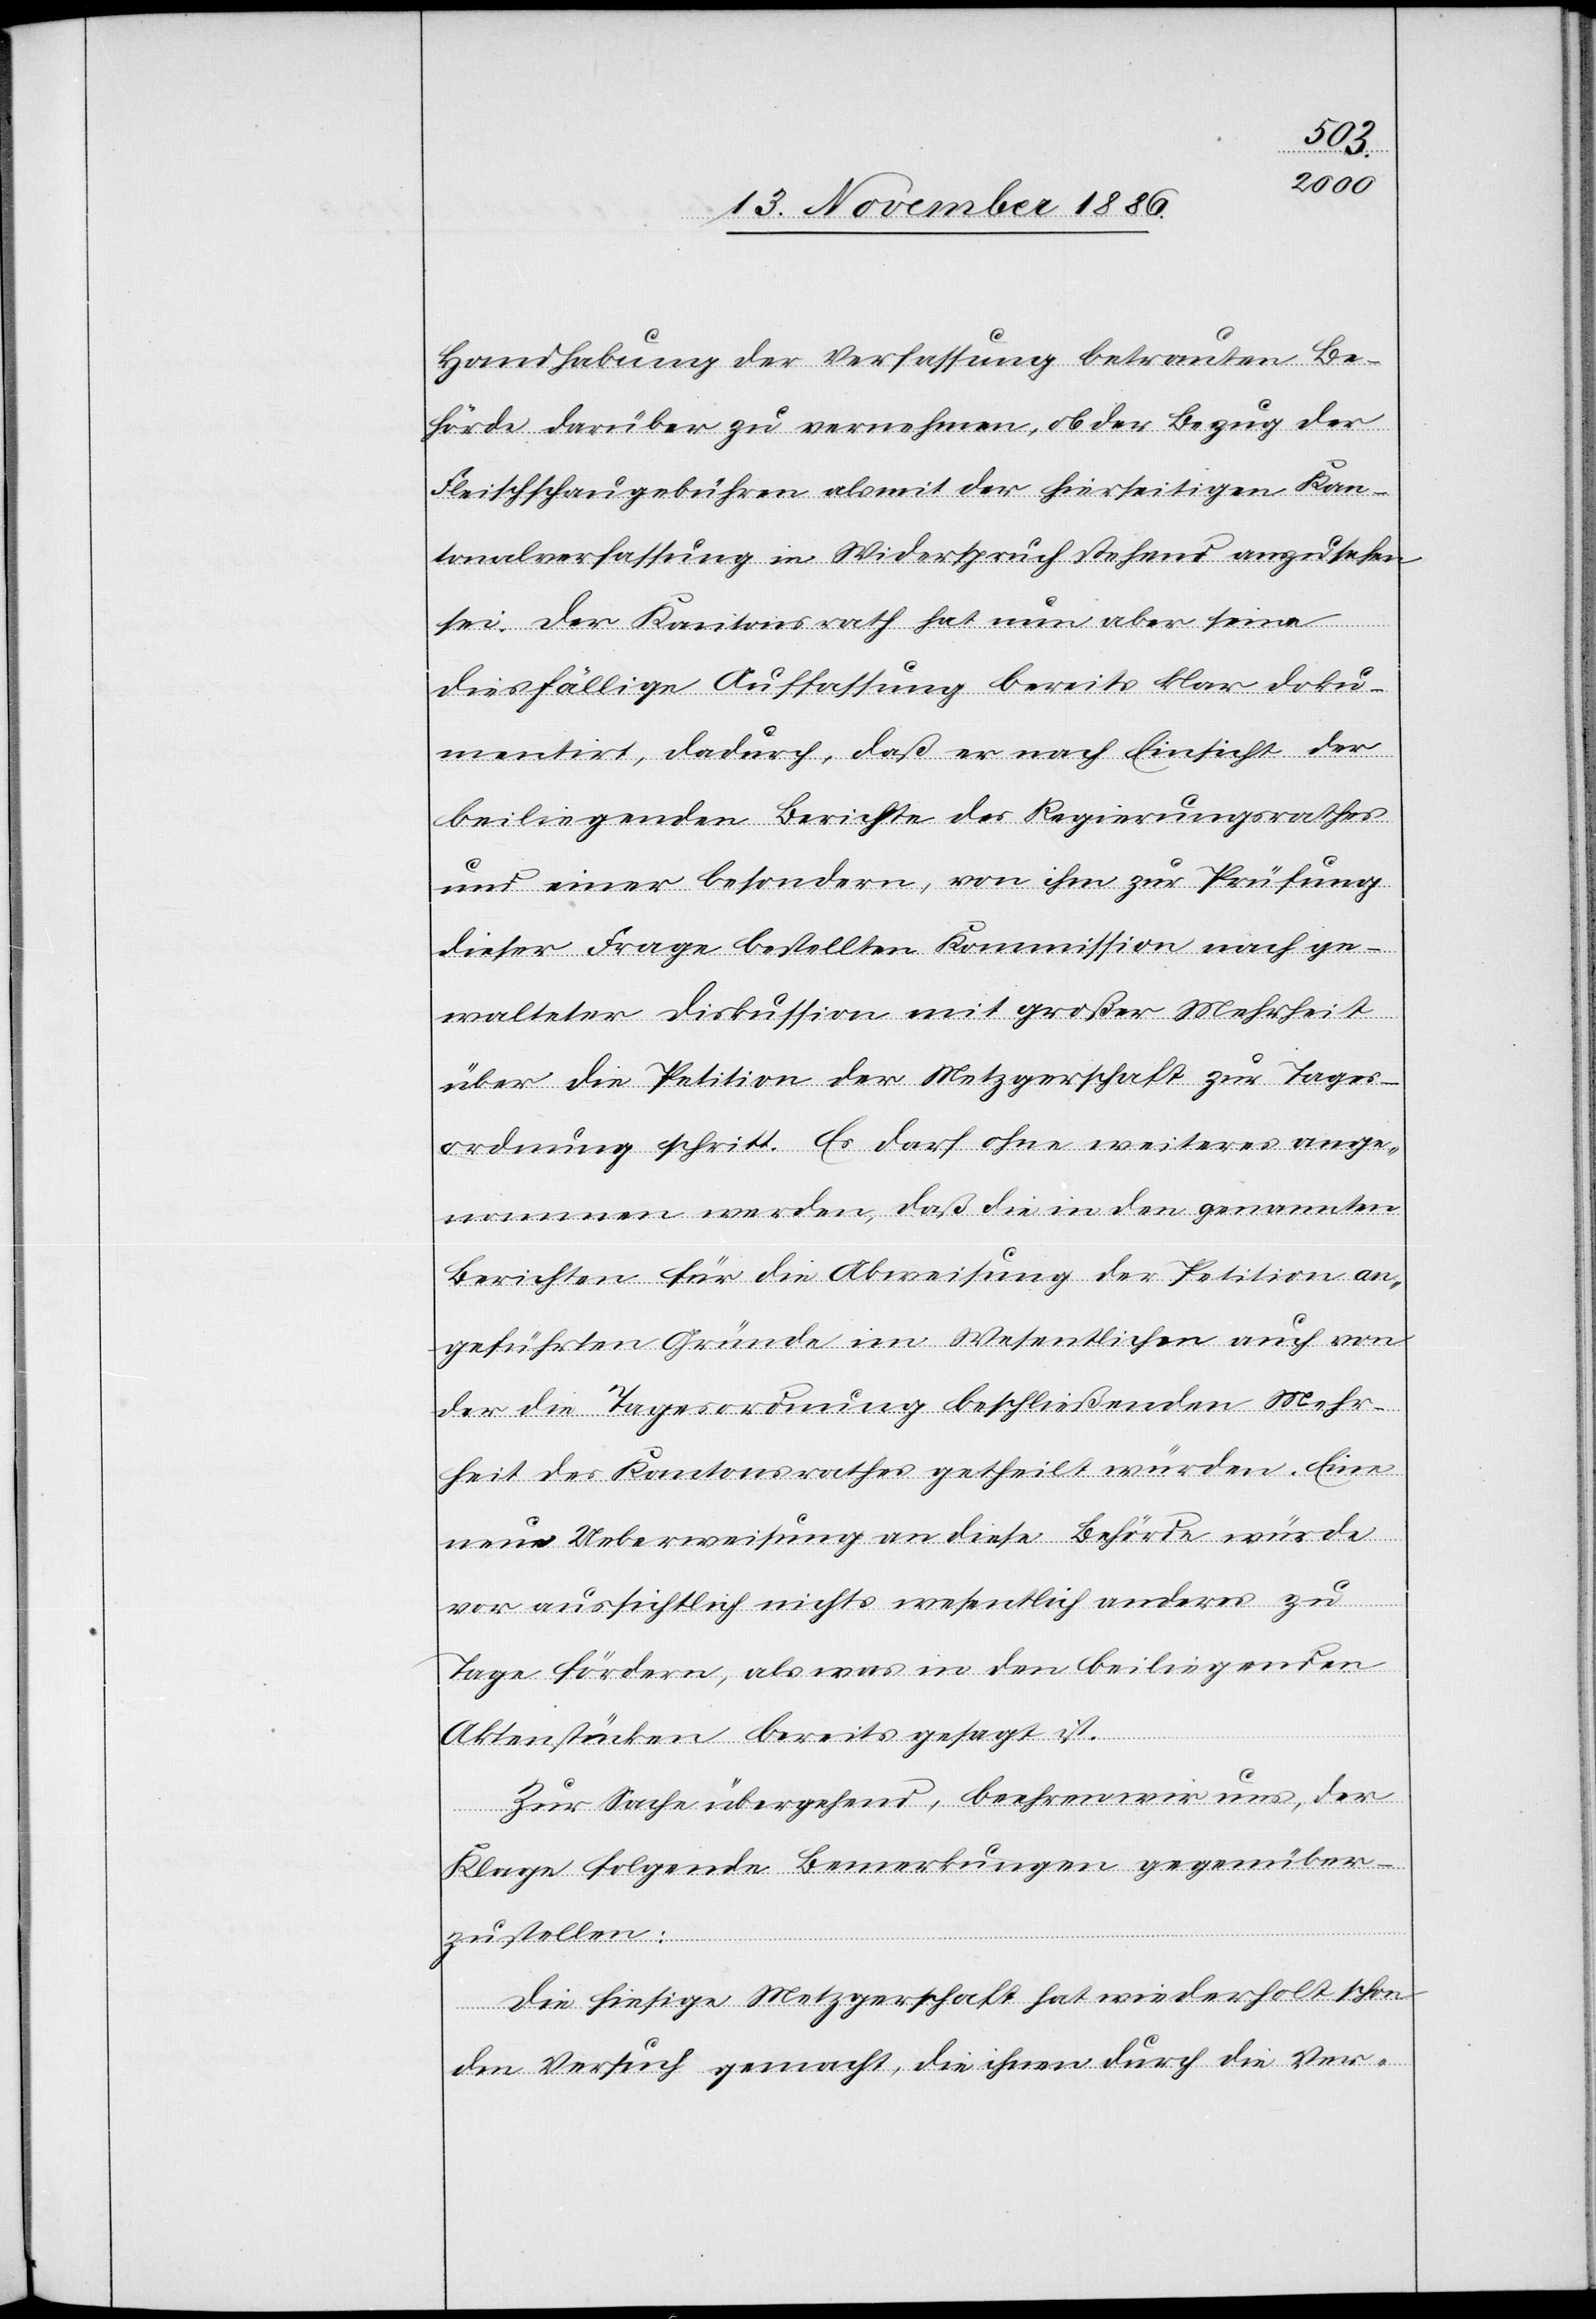
Handhabung der Verfassung betrauten Be¬
hörde darüber zu vernehmen, ob der Bezug der
Fleischschaugebühren als mit der hierseitigen Kan¬
tonalverfassung in Widerspruch stehend anzusehen
sei. Der Kantonsrath hat nun aber seine
diesfällige Auffassung bereits klar doku¬
mentirt, dadurch, daß er nach Einsicht der
beiliegenden Berichte des Regierungsrathes
und einer besondern, von ihm zur Prüfung
dieser Frage bestellten Kommission nach ge¬
walteter Diskussion mit großer Mehrheit
über die Petition der Metzgerschaft zur Tages¬
ordnung schritt. Es darf ohne weiteres ange¬
nommen werden, daß die in den genannten
Berichten für die Abweisung der Petition an¬
geführten Gründe im Wesentlichen auch von
der die Tagesordnung beschließenden Mehr¬
heit des Kantonsrathes getheilt würden. Eine
neue Ueberweisung an diese Behörde würde
voraussichtlich nichts wesentlich anderes zu
Tage fördern, als was in den beiliegenden
Aktenstücken bereits gesagt ist.
Zur Sache übergehend, beehren wir uns, der
Klage folgende Bemerkungen gegenüber
zu stellen:
Die hiesige Metzgerschaft hat wiederholt schon
den Versuch gemacht, die ihnen durch die Ver-